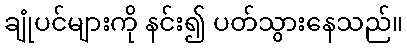
ချုံပင်များကို နင်း၍ ပတ်သွားနေသည်။